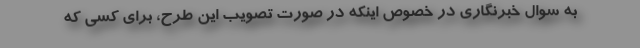
به سوال خبرنگاری در خصوص اینکه در صورت تصویب این طرح، برای کسی که